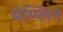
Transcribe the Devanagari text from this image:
चेम्प्लिन